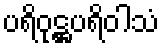
ပရိဝုဋ္ဌပရိဝါသံ